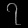
Digit: ၇